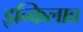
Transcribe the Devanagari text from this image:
इन्किलाब